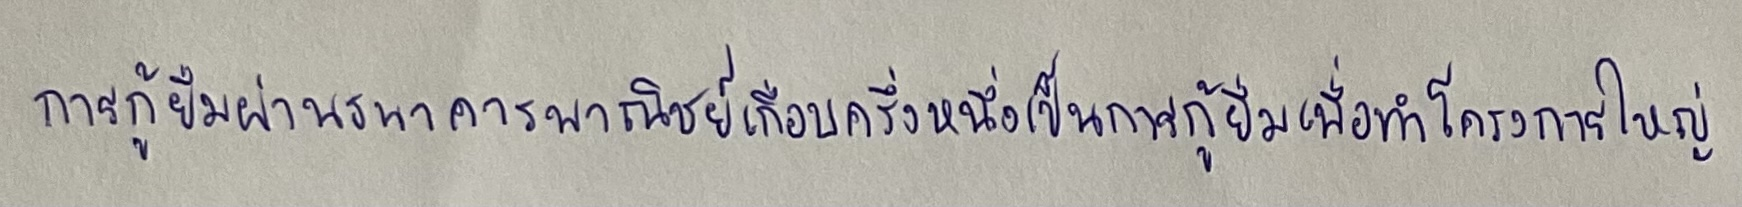
การกู้ยืมผ่านธนาคารพาณิชย์เกือบครึ่งหนึ่งเป็นการกู้ยืมเพื่อทำโครงการขนาดใหญ่